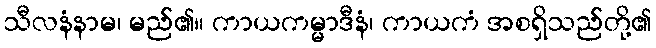
သီလနံနာမ၊ မည်၏။ ကာယကမ္မာဒီနံ၊ ကာယကံ အစရှိသည်တို့၏